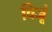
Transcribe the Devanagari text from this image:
विजूं